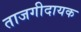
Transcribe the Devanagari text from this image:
ताजगीदायक